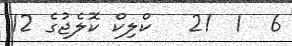
6  1  21   ކްލިކް ކޮލެޖުގެ 12